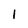
Character: I